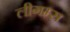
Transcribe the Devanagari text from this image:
लीगम्स